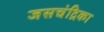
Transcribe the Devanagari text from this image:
जसचंद्रिका